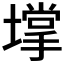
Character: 𡑄